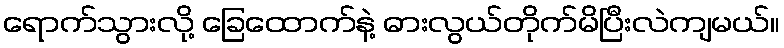
ရောက်သွားလို့ ခြေထောက်နဲ့ ဓားလွယ်တိုက်မိပြီးလဲကျမယ်။